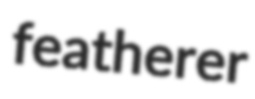
featherer